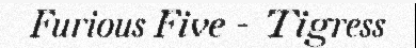
Furious Five - Tigress